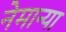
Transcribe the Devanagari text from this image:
नेमान्या